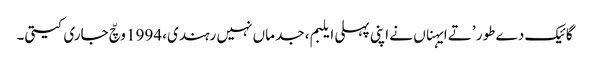
گائیک دے طور ’تے ایہناں نے اپنی پہلی ایلبم، جد ماں نہیں رہندی، 1994 وچّ جاری کیتی۔